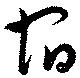
宿